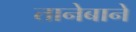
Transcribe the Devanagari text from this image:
तानेबाने